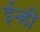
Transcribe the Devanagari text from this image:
ईन्ही